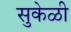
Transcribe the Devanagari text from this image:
सुकेळी